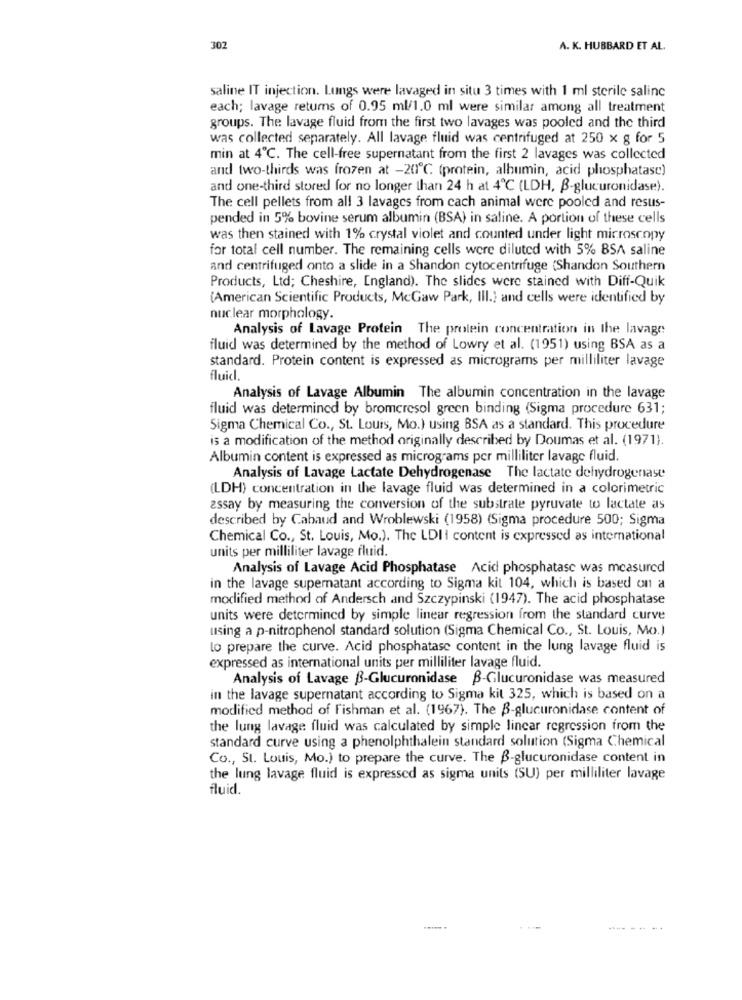
302
A. K. HUBBARD ET AL.
saline IT injection. Lungs were lavaged in situ 3 times with 1 ml sterile salinc
each; lavage returns of 0.95 ml/1.0 ml were similar among all treatment
groups. The lavage fluid from the first two lavages was pooled and the third
was collected separately. All lavage fluid was centrifuged at 250 x g for 5
min at 4℃. The cell-free supernatant from the first 2 lavages was collected
and two-thirds was frozen at -20℃ (protein, albumin, acid phosphatase)
and one-third stored for no longer than 24 h at 4℃ (LDH, B-glucuronidase).
The cell pellets from all 3 lavages from cach animal were pooled and resus-
pended in 5% bovine serum albumin (BSA) in saline. A portion of these cells
was then stained with 1% crystal violet and counted under light microscopy
for total cell number. The remaining cells were diluted with 5% BSA saline
and centrifuged onto a slide in a Shandon cytocentrifuge (Shandon Southern
Products, Ltd; Cheshire, England). The slides were stained with Diff-Quik
(American Scientific Products, McGaw Park, Ill.] and cells were identified by
nuclear morphology.
Analysis of Lavage Protein The protein concentration in the lavage
fluid was determined by the method of Lowry et al. (1951) using BSA as a
standard. Protein content is expressed as micrograms per milliliter lavage
fluid.
Analysis of Lavage Albumin The albumin concentration in the lavage
fluid was determined by bromcresol green binding (Sigma procedure 631;
Sigma Chemical Co ., St. Louis, Mo.) using BSA as a standard. This procedure
is a modification of the method originally described by Doumas et al. (1971).
Albumin content is expressed as micrograms per milliliter lavage fluid.
Analysis of Lavage Lactate Dehydrogenase The lactate dehydrogenase
(LDH) concentration in the lavage fluid was determined in a colorimetric
essay by measuring the conversion of the substrate pyruvate to lactate as
described by Cabaud and Wroblewski (1958) (Sigma procedure 500; Sigma
Chemical Co ., St. Louis, Mo.). The LDI I content is expressed as international
units per milliliter lavage fluid.
Analysis of Lavage Acid Phosphatase Acid phosphatasc was measured
in the lavage supernatant according to Sigma kit 104, which is based on a
modified method of Andersch and Szczypinski (1947). The acid phosphatase
units were determined by simple linear regression from the standard curve
using a p-nitrophenol standard solution (Sigma Chemical Co ., St. Louis, Mo.)
lo prepare the curve. Acid phosphatase content in the lung lavage fluid is
expressed as international units per milliliter lavage fluid.
Analysis of Lavage B-Glucuronidase B-Glucuronidase was measured
in the lavage supernatant according to Sigma kit 325, which is based on a
modified method of Fishman et al. (1967). The B-glucuronidase content of
the lung lavage fluid was calculated by simple linear regression from the
standard curve using a phenolphthalein standard solution (Sigma Chemical
Co ., St. Louis, Mo.) to prepare the curve. The ß-glucuronidase content in
the lung lavage fluid is expressed as sigma units (SU) per milliliter lavage
fluid.